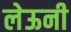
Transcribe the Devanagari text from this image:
लेऊनी